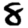
Digit: 8